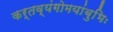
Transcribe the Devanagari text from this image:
कर्तव्यंगोमयांबुभिः